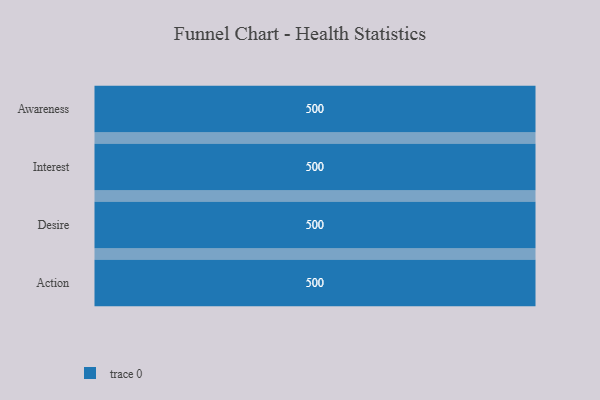
{"axis": {"x": "Stage", "y": "Value"}, "legend": [""], "data": [{"x": "Awareness", "y": 500, "type": ""}, {"x": "Interest", "y": 500, "type": ""}, {"x": "Desire", "y": 500, "type": ""}, {"x": "Action", "y": 500, "type": ""}]}